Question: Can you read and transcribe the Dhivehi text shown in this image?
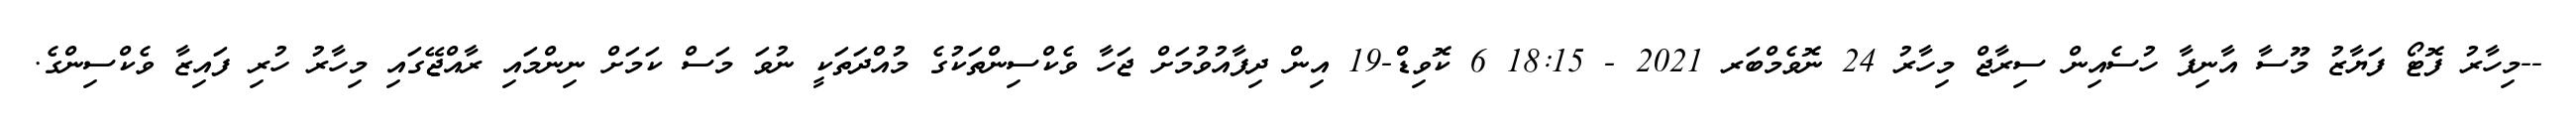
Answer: --މިހާރު ފޮޓޯ ފަޔާޒު މޫސާ އާނިފާ ހުސެއިން ސިރާޖް މިހާރު 24 ނޮވެމްބަރ 2021 - 18:15 6 ކޮވިޑް-19 އިން ދިފާއުވުމަށް ޖަހާ ވެކްސިންތަކުގެ މުއްދަތަކީ ނުވަ މަސް ކަމަށް ނިންމައި ރާއްޖޭގައި މިހާރު ހުރި ފައިޒާ ވެކްސިންގެ.